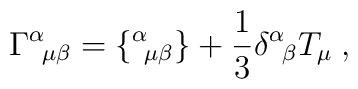
\Gamma^\alpha{}_{\!\mu\beta}=\big\{{}^\alpha{}_{\!\mu\beta}\big\}                              +\frac{1}{3}\delta^\alpha{}_{\!\beta}T_\mu\;,